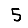
Digit: 5